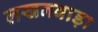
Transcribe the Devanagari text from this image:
लखनवाड़ा